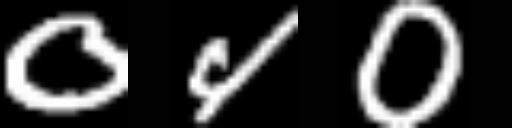
Text: 040